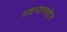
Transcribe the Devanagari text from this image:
अष्टभावसहीत